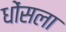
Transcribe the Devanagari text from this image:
धोंसला